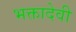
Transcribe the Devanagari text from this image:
भक्तादेवी